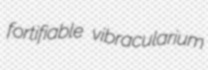
fortifiable vibracularium